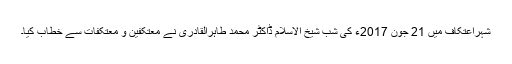
شہراعتکاف میں 21 جون 2017ء کی شب شیخ الاسلام ڈاکٹر محمد طاہرالقادری نے معتکفین و معتکفات سے خطاب کیا۔